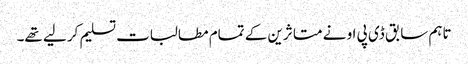
تاہم سابق ڈی پی او نے متا ثرین کے تمام مطالبات تسلیم کر لیے تھے۔